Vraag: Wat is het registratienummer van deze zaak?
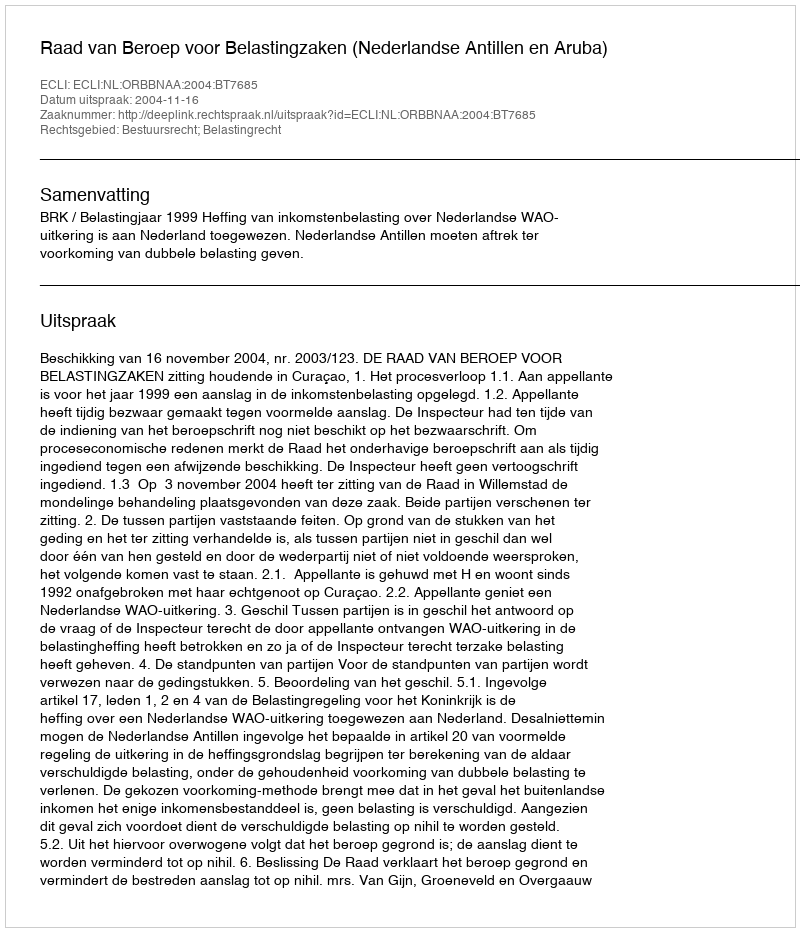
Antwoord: http://deeplink.rechtspraak.nl/uitspraak?id=ECLI:NL:ORBBNAA:2004:BT7685